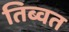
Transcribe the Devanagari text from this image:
तिब्वत